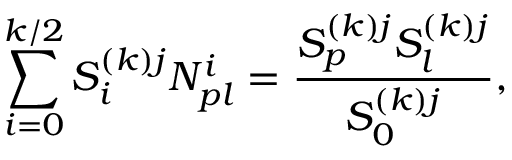
\sum _ { i = 0 } ^ { k / 2 } S _ { i } ^ { ( k ) j } N _ { p l } ^ { i } = \frac { S _ { p } ^ { ( k ) j } S _ { l } ^ { ( k ) j } } { S _ { 0 } ^ { ( k ) j } } ,